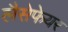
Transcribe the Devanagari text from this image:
लैसेफेयर